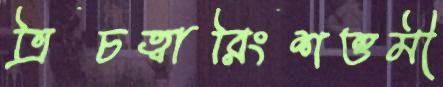
ত্রিচত্বারিংশত্তমী